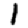
Digit: 1